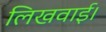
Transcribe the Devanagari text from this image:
लिखवाई।